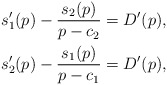
\begin{align*}s_{1}'(p)-\frac{s_{2}(p)}{p-c_{2}} & =D'(p),\\s_{2}'(p)-\frac{s_{1}(p)}{p-c_{1}} & =D'(p),\end{align*}